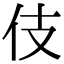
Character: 伎